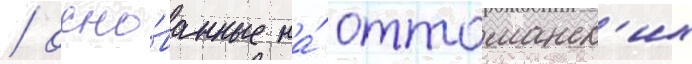
/ осно́ванные на́ оттоманск'их